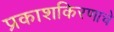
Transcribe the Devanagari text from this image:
प्रकाशकिरणाचे